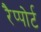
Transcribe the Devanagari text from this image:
रैप्पोर्ट